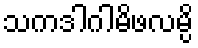
သကဒါဂါမိဖလမ္ပိ